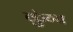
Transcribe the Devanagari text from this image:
कुंगा